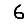
Digit: 6